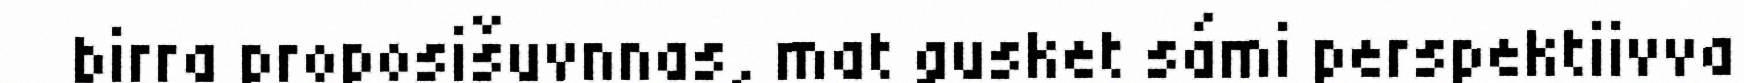
birra proposišuvnnas, mat gusket sámi perspektiivva